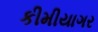
કીમીયાગર